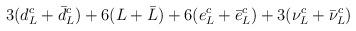
LaTeX: \begin{align*}3(d^c_L +\bar{d}^c_L)+6(L+\bar{L})+6(e^c_L +\bar{e}^c_L)+3(\nu^c_L +\bar{\nu}^c_L)\end{align*}